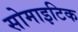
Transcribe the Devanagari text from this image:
सोमाइटिक